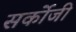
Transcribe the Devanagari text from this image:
सर्कोजी